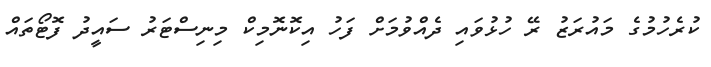
ކުރެހުމުގެ މައުރަޒު ރޭ ހުޅުވައި ދެއްވުމަށް ފަހު އިކޮނޮމިކް މިނިސްޓަރު ސައީދު ފޮޓޯތައް